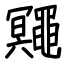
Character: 鼆